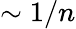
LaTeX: \sim 1/n